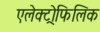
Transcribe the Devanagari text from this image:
एलेक्ट्रोफिलिक